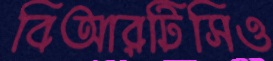
বিআরটিসিও